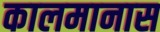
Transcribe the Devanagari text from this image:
कालमानास